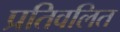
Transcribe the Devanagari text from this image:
प्रतिवलित